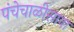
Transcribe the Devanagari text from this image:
पंचेचाळीसावा